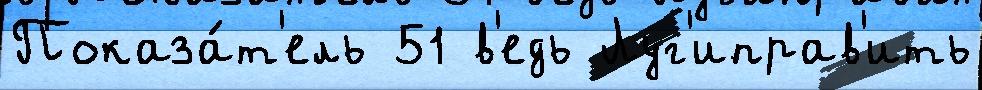
Показа́т'ель 51 в'едь Луг'иправ'ить